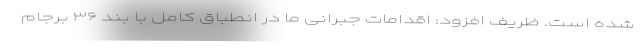
شده است. ظریف افزود: اقدامات جبرانی ما در انطباق کامل با بند ۳۶ برجام